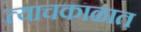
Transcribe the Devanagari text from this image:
त्याचकाळात